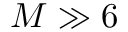
M \gg 6